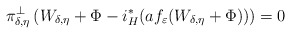
\begin{align*}\pi_{\delta,\eta}^{\bot}\left(W_{\delta,\eta}+\Phi-i_{H}^{*}(af_{\varepsilon}(W_{\delta,\eta}+\Phi))\right)=0\end{align*}